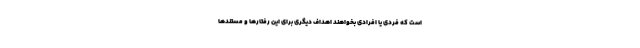
است که فردی یا افرادی بخواهند اهداف دیگری برای این رفتارها و مستندها